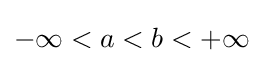
-\infty <a<b<+\infty